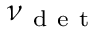
\nu _ { \mathrm { ~ d ~ e ~ t ~ } }